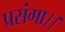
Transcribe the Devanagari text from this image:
प्रसंगा।।